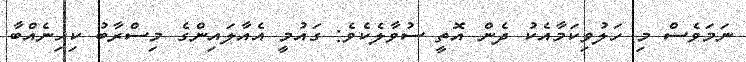
ނަމަވެސް މި ހަލުވިކަމާއެކު ދެން އޮތީ ސުވާލެކެވެ: ގައުމީ އެއާލައިންގެ މިސްރާބު ކިހިނެއްބާ